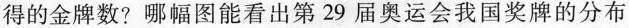
得的金牌数?哪幅图能看出第29届奥运会我国奖牌的分布